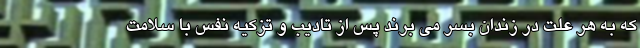
که به هر علت در زندان بسر می برند پس از تادیب و تزکیه نفس با سلامت